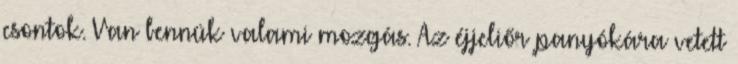
csontok. Van bennük valami mozgás. Az éjjeliőr panyókára vetett